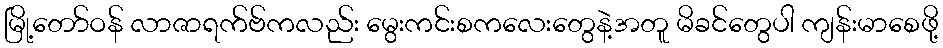
မြို့တော်ဝန် လာဇာရက်ဗ်ကလည်း မွေးကင်းစကလေးတွေနဲ့အတူ မိခင်တွေပါ ကျန်းမာစေဖို့